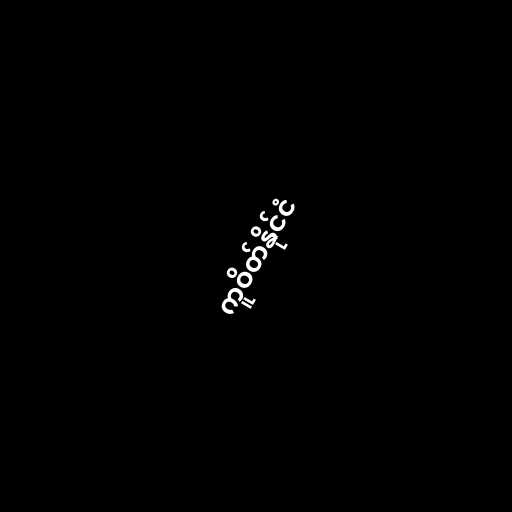
ကူဝိတ်နိုင်ငံ